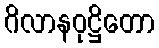
ဂိလာနဝုဋ္ဌိတော